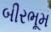
બીરભૂમ